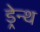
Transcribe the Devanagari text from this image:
ड्रेन्थ